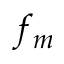
f _ { m }